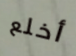
أخلع